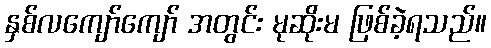
နှစ်လကျော်ကျော် အတွင်း မုဆိုးမ ဖြစ်ခဲ့ရသည်။